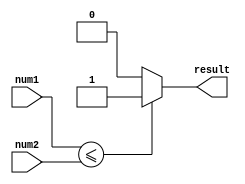
module less_than_or_equal(
    input [7:0] num1,
    input [7:0] num2,
    output reg result
);

always @(*) begin
    if(num1 <= num2)
        result = 1;
    else
        result = 0;
end

endmodule